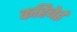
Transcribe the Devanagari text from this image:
कहिबेई